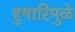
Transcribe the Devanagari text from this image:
हुषारिमुळे